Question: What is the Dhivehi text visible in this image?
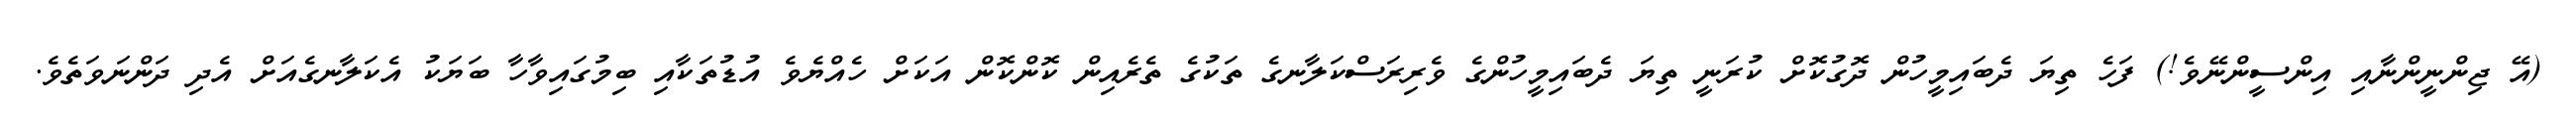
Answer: (އޭ ޖިންނީންނާއި އިންސީންނޭވެ!) ފަހެ ތިޔަ ދެބައިމީހުން ދޮގުކޮށް ކުރަނީ ތިޔަ ދެބައިމީހުންގެ ވެރިރަސްކަލާނގެ ތަކުގެ ތެރެއިން ކޮންކޮން އަކަށް ހެއްޔެވެ އުޑުތަކާއި ބިމުގައިވާހާ ބަޔަކު އެކަލާނގެއަށް އެދި ދަންނަވަތެވެ.